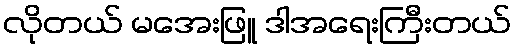
လိုတယ် မအေးဖြူ ဒါအရေးကြီးတယ်